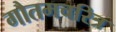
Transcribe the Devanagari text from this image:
गौतमचरित्र